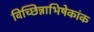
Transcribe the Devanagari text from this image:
विच्छिन्नाभिषेकांक